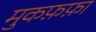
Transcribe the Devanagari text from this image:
मुकफ़फ़ा